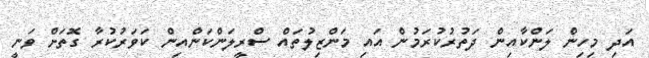
އަދި މިހިން ލަންކާއިން ދަތުރުކުރަމުން އައި މަންޒިލުތައް ސްރީލަންކަންއިން ކަވަރުކުރާ ގޮތަށް ވަނީ